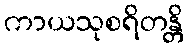
ကာယသုစရိတန္တိ